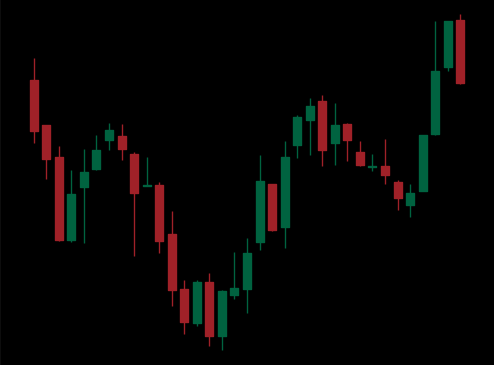
Pattern: inverse_head_shoulders